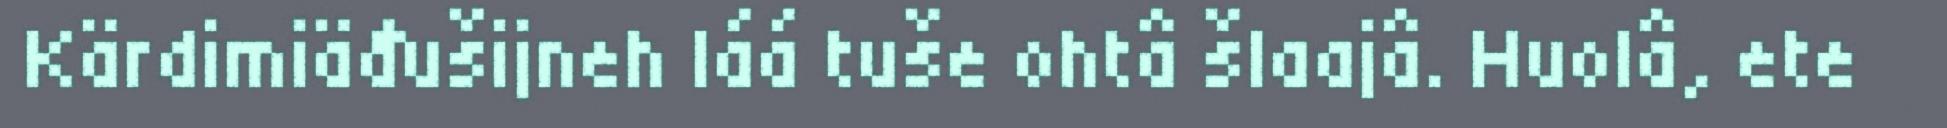
Kärdimiäđušijneh láá tuše ohtâ šlaajâ. Huolâ, ete